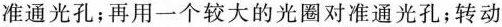
准通光孔；再用一个较大的光圈对准通光孔；转动